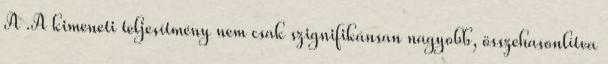
A .A kimeneti teljesítmény nem csak szignifikánsan nagyobb, összehasonlítva